Civil Veterinary Dept. Bombay admin report 1900-1906 - 1900-1906
Year: 1900
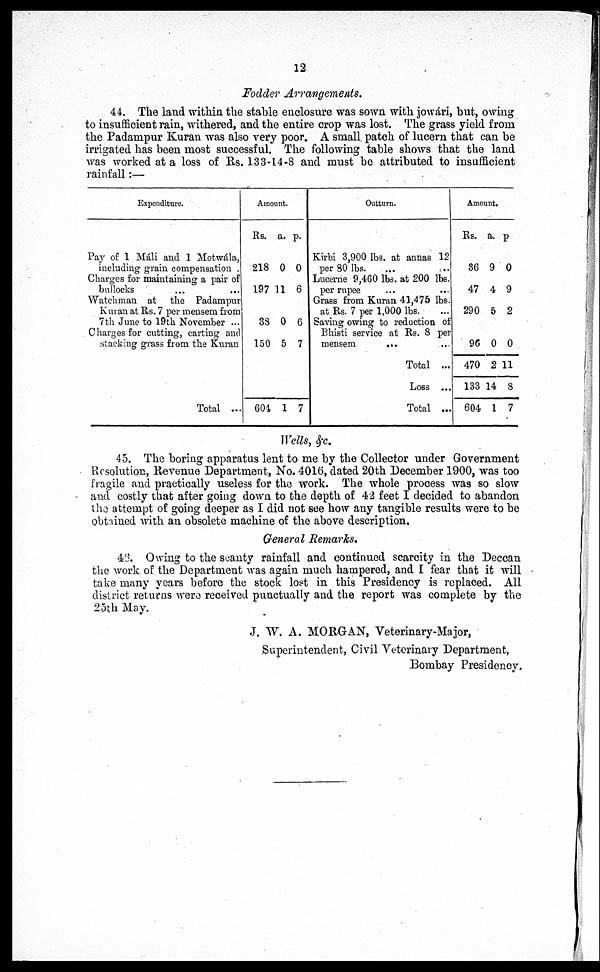
12
Fodder Arrangements.
44. The land within the stable enclosure was sown with jowári, but, owing
to insufficient rain, withered, and the entire crop was lost. The grass yield from
the Padampur Kuran was also very poor. A small patch of lucern that can be
irrigated has been most successful. The following table shows that the land
was worked at a loss of Rs. 133-14-8 and must be attributed to insufficient
rainfall:—
Expenditure.
Pay of 1 Máli and 1 Motwála,
including grain compensation .
Charges for maintaining a pair of
bullocks ... ...
Watchman at the Padampur
Kuran at Rs. 7 per mensem from
7th June to 19th November ...
Charges for cutting, carting and
stacking grass from the Kuran
Total ...
Amount.
Rs.
218
197
38
150
a.
0
11
0
5
p.
0
6
6
7
604 1 7
Outturn.
Kirbi 3,900 lbs. at annas 12
per 80 lbs.
Lucerne 9,460 lbs. at 200 lbs.
per rupee
Grass from Kuran 41,475 lbs.
at Rs. 7 per 1,000 lbs.
Saving owing to reduction of
Bhisti service at Rs. 8 per
mensem
...
Total ...
Loss ...
Total ...
Amount.
Rs.
36
47
290
96
470
133
604
a.
9
4
5
0
2
14
1
p
0
9
2
0
11
8
7
Wells, &c.
45. The boring apparatus lent to me by the Collector under Government
Resolution, Revenue Department, No. 4016, dated 20th December 1900, was too
fragile and practically useless for the work. The whole process was so slow
and costly that after going down to the depth of 42 feet I decided to abandon
the attempt of going deeper as I did not see how any tangible results were to be
obtained with an obsolete machine of the above description.
General Remarks.
46. Owing to the scanty rainfall and continued scarcity in the Deccan
the work of the Department was again much hampered, and I fear that it will
take many years before the stock lost in this Presidency is replaced. All
district returns were received punctually and the report was complete by the
25th May.
J. W. A. MORGAN, Veterinary-Major,
Superintendent, Civil Veterinary Department,
Bombay Presidency.